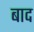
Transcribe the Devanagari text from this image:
बाद